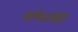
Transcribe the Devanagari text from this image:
सचिवांनीही